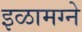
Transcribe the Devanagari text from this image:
इळामग्ने